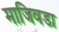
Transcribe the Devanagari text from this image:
माजिवडा